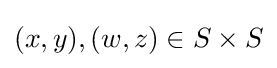
(x,y),(w,z)\in S\times S